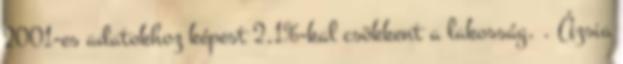
2001-es adatokhoz képest 2,1%-kal csökkent a lakosság. . Ázsia